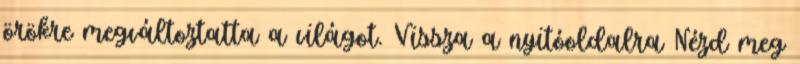
örökre megváltoztatta a világot. Vissza a nyitóoldalra Nézd meg